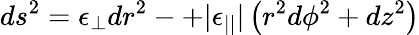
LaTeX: ds^{2}=\epsilon_{\perp}dr^{2}-+|\epsilon_{||}|\left(r^{2}d\phi^{2}+dz^{2}\right)